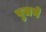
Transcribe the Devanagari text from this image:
पुजणे